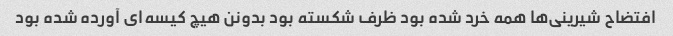
افتضاح شیرینی‌ها همه خرد شده بود ظرف شکسته بود بدونن هیچ کیسه‌ای آورده شده بود